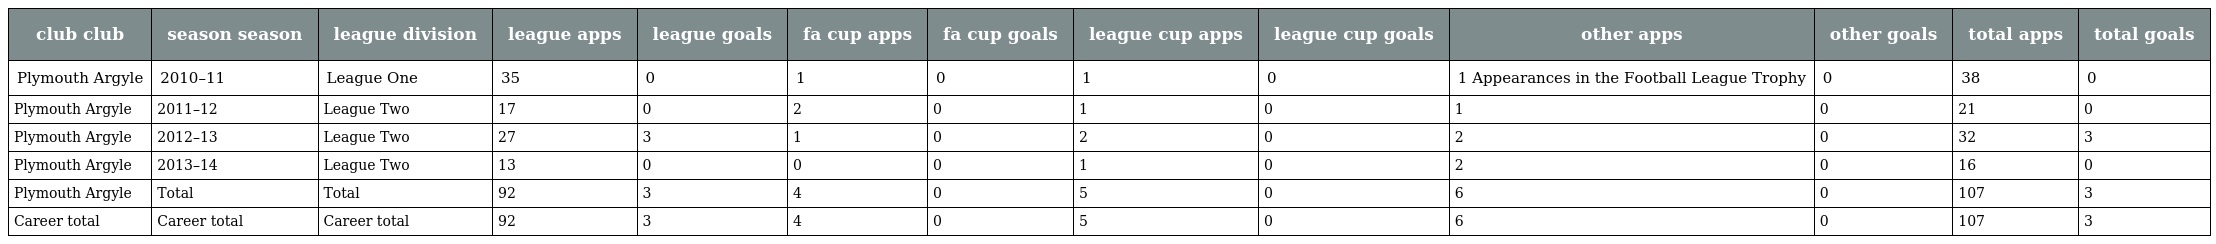
| club club | season season | league division | league apps | league goals | fa cup apps | fa cup goals | league cup apps | league cup goals | other apps | other goals | total apps | total goals |
 | --- | --- | --- | --- | --- | --- | --- | --- | --- | --- | --- | --- | --- |
 | Plymouth Argyle | 2010–11 | League One | 35 | 0 | 1 | 0 | 1 | 0 | 1 Appearances in the Football League Trophy | 0 | 38 | 0 |
 | Plymouth Argyle | 2011–12 | League Two | 17 | 0 | 2 | 0 | 1 | 0 | 1 | 0 | 21 | 0 |
 | Plymouth Argyle | 2012–13 | League Two | 27 | 3 | 1 | 0 | 2 | 0 | 2 | 0 | 32 | 3 |
 | Plymouth Argyle | 2013–14 | League Two | 13 | 0 | 0 | 0 | 1 | 0 | 2 | 0 | 16 | 0 |
 | Plymouth Argyle | Total | Total | 92 | 3 | 4 | 0 | 5 | 0 | 6 | 0 | 107 | 3 |
 | Career total | Career total | Career total | 92 | 3 | 4 | 0 | 5 | 0 | 6 | 0 | 107 | 3 |